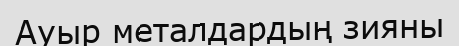
Ауыр металдардың зияны